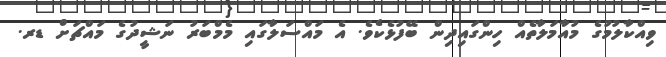
ވިއްކާލުމުގެ މުއާމަލާތެއް ހިންގައިދިން ބޭފުޅެކެވެ. އެ މައްސަލާގައި މެމްބަރު ނަޝީދުގެ މައްޗަށް ޑރ.